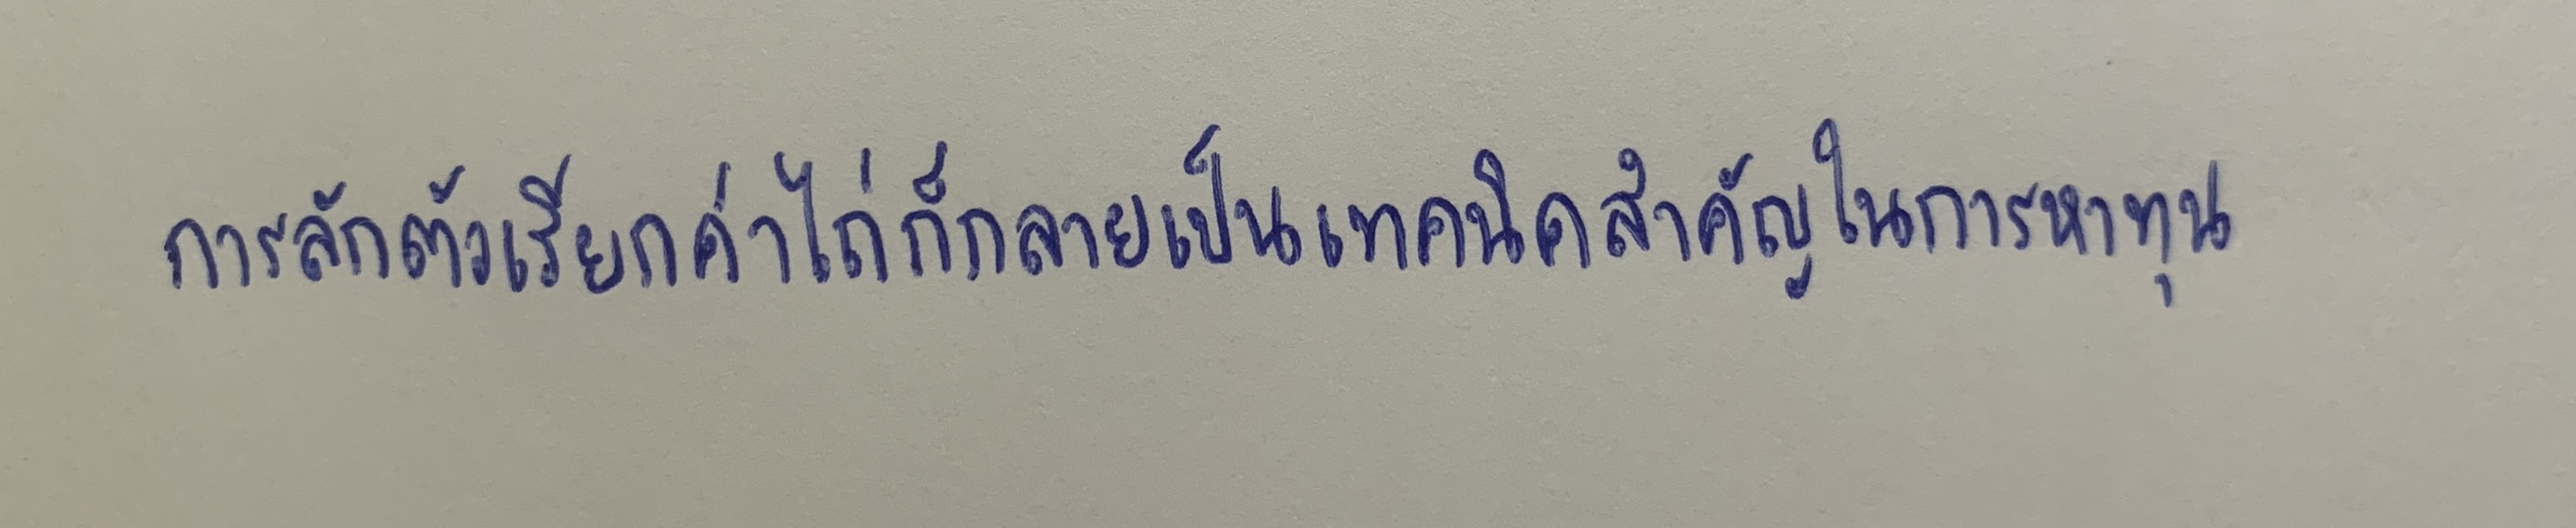
การลักตัวเรียกค่าไถ่ก็กลายเป็นเทคนิคสำคัญในการหาทุน